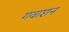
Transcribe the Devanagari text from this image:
गवाशन